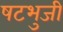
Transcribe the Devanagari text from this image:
षटभुजी